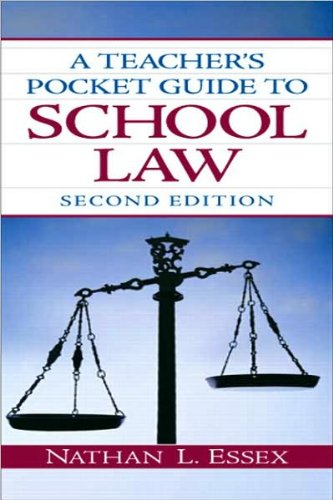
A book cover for Teacher's Pocket Guide to School Law (text only) 2nd(Second) edition by N. L. Essex; N. L. Essex; Education & Teaching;